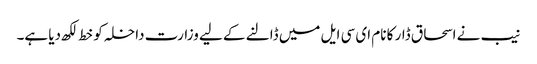
نیب نے اسحاق ڈار کا نام ای سی ایل میں ڈالنے کے لیے وزارت داخلہ کو خط لکھ دیا ہے۔